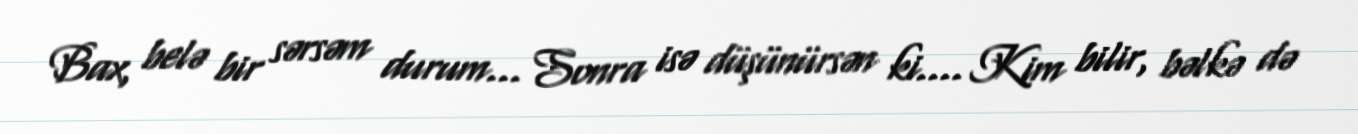
Bax, belə bir sərsəm durum... Sonra isə düşünürsən ki.... Kim bilir, bəlkə də